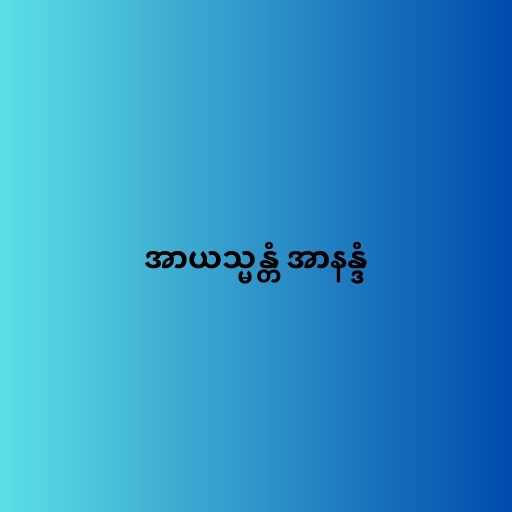
အာယသ္မန္တံ အာနန္ဒံ